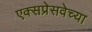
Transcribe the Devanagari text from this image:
एक्सप्रेसवेच्या